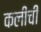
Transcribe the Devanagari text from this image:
कलीची